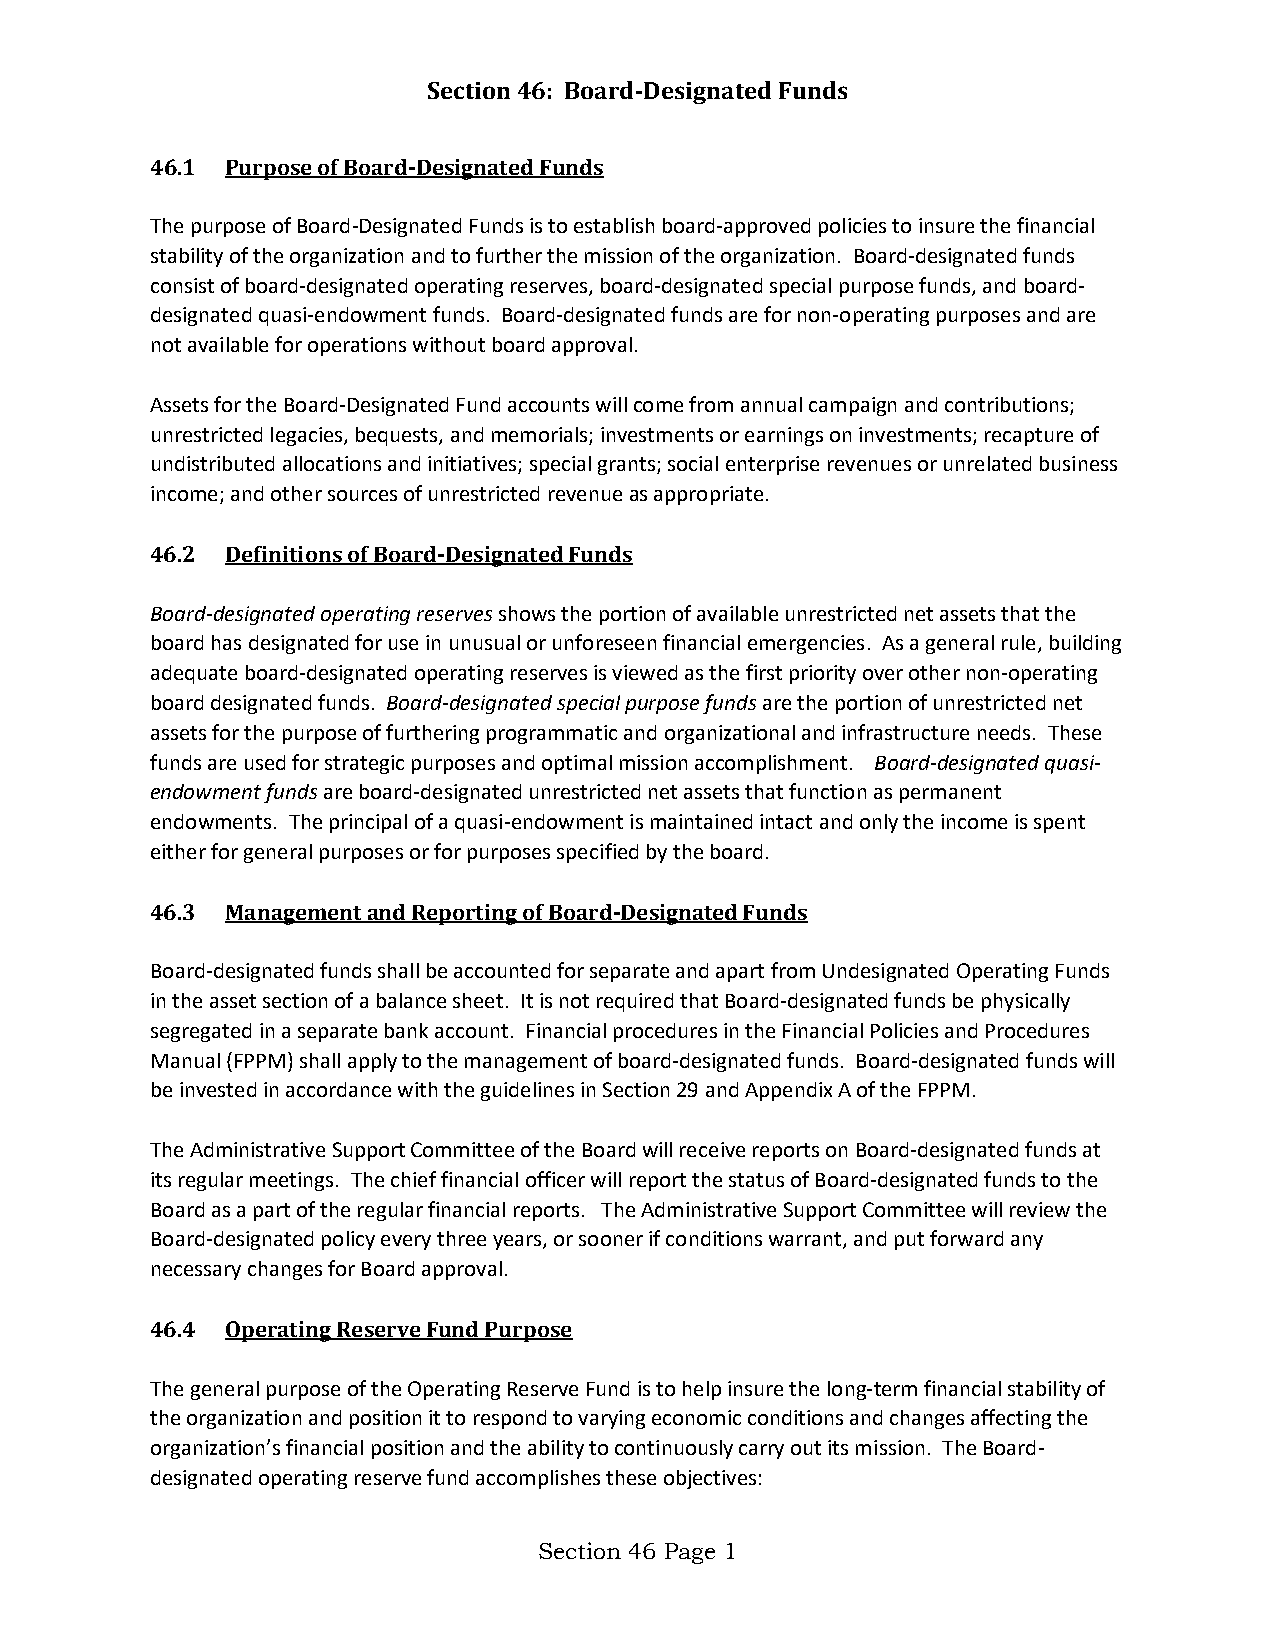
Section 46: Board-Designated Funds
 46.1 Purpose of Board-Designated Funds
 The purpose of Board-Designated Funds is to establish board-approved policies to insure the financial
 stability of the organization and to further the mission of the organization. Board-designated funds
 consist of board-designated operating reserves, board-designated special purpose funds, and board-
 designated quasi-endowment funds. Board-designated funds are for non-operating purposes and are
 not available for operations without board approval.
 Assets for the Board-Designated Fund accounts will come from annual campaign and contributions;
 unrestricted legacies, bequests, and memorials; investments or earnings on investments; recapture of
 undistributed allocations and initiatives; special grants; social enterprise revenues or unrelated business
 income; and other sources of unrestricted revenue as appropriate.
 46.2 Definitions of Board-DesignatedFunds
 Board-designated operating reserves shows the portion of available unrestricted net assets that the
 board has designated for use in unusual or unforeseen financial emergencies. As a general rule, building
 adequate board-designated operating reserves is viewed as the first priority over other non-operating
 board designated funds. Board-designated special purpose funds are the portion of unrestricted net
 assets for the purpose of furthering programmatic and organizational and infrastructure needs. These
 funds are used for strategic purposes and optimal mission accomplishment. Board-designated quasi-
 endowment funds are board-designated unrestricted net assets that function as permanent
 endowments. The principal of a quasi-endowment is maintained intact and only the income is spent
 either for general purposes or for purposes specified by the board.
 46.3 Management and Reporting of Board-Designated Funds
 Board-designated funds shall be accounted for separate and apart from Undesignated Operating Funds
 in the asset section of a balance sheet. It is not required that Board-designated funds be physically
 segregated in a separate bank account. Financial procedures in the Financial Policies and Procedures
 Manual (FPPM) shall apply to the management of board-designated funds. Board-designated funds will
 be invested in accordance with the guidelines in Section 29 and Appendix A of the FPPM.
 The Administrative Support Committee of the Board will receive reports on Board-designated funds at
 its regular meetings. The chief financial officer will report the status of Board-designated funds to the
 Board as a part of the regular financial reports. The Administrative Support Committee will review the
 Board-designated policy every three years, or sooner if conditions warrant, and put forward any
 necessary changes for Board approval.
 46.4 Operating Reserve Fund Purpose
 The general purpose of the Operating Reserve Fund is to help insure the long-term financial stability of
 the organization and position it to respond to varying economic conditions and changes affecting the
 organization’s financial position and the ability to continuously carry out its mission. The Board-
 designated operating reserve fund accomplishes these objectives:
 Section 46 Page 1